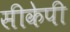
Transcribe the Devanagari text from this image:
सीकेपी